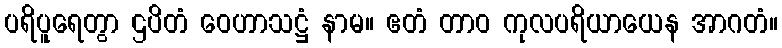
ပရိပူရေတွာ ဌပိတံ ဝေဟာသဋ္ဌံ နာမ။ ဧတံ တာဝ ကုလပရိယာယေန အာဂတံ။